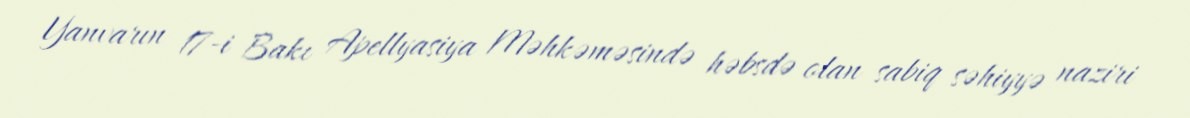
Yanvarın 17-i Bakı Apellyasiya Məhkəməsində həbsdə olan sabiq səhiyyə naziri